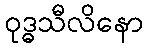
ဝုဒ္ဓသီလိနော